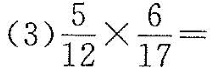
(3)$$\frac { 5 } { 1 2 } \times \frac { 6 } { 1 7 } =$$